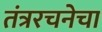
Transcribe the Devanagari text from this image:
तंत्ररचनेचा